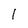
Character: l